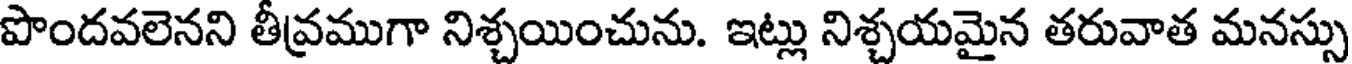
పొందవలెనని తీవ్రముగా నిశ్చయించును. ఇట్లు నిశ్చయమైన తరువాత మనస్సు